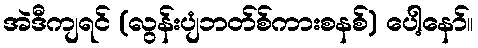
အဲဒီကျရင် (လွန်းပျံဘတ်စ်ကားစနစ်) ပေါ့နော်။